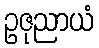
ဥဇုညာယံ